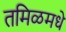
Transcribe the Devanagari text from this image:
तमिळमधे